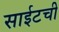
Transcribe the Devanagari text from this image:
साईटची